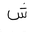
Letter: _shin